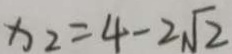
x _ { 2 } = 4 - 2 \sqrt { 2 }